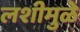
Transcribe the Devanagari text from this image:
लशीमुळे